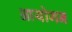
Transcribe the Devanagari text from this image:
आयोगन